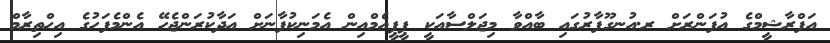
އަފްރާޝީމްގެ އުފަންރަށް ރ.އުނގޫފާރުގައި ބާއްވާ މިޖަލްސާއަކީ ޕީޕީއެމްއިން އެމަނިކުފާނަށް އަދާކުރަންޖެހޭ އެންމެފަހުގެ އިޙްތިރާމް